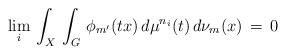
LaTeX: \begin{align*}\lim_i \, {\int_X \, \int_G \, \phi_{m'}(tx) \, d\mu^{n_i}(t) \, d\nu_m(x)} \,=\, 0\end{align*}